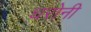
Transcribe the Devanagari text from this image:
धरोनी